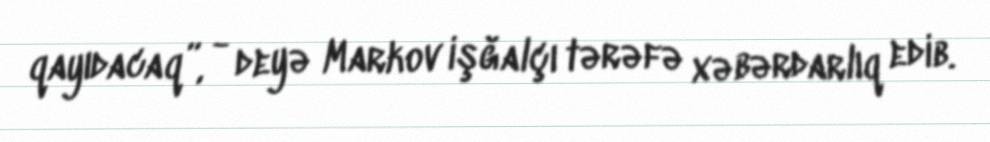
qayıdacaq”, - deyə Markov işğalçı tərəfə xəbərdarlıq edib.